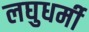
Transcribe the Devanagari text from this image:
लघुधर्मी